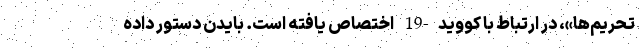
تحریم‌ها»، در ارتباط با کووید-19 اختصاص یافته است. بایدن دستور داده